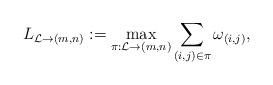
LaTeX: \begin{align*}L_{{\cal L}\to (m,n)}:=\max_{\pi:{\cal L} \to (m,n)} \sum_{(i,j)\in \pi}\omega_{(i,j)},\end{align*}